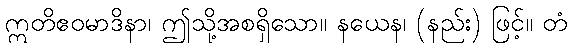
ဣတိဧဝမာဒိနာ၊ ဤသို့အစရှိသော။ နယေန၊ (နည်း) ဖြင့်။ တံ